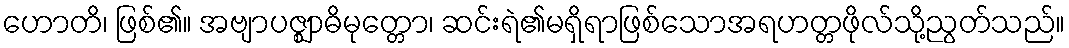
ဟောတိ၊ ဖြစ်၏။ အဗျာပဇ္ဈာဓိမုတ္တော၊ ဆင်းရဲ၏မရှိရာဖြစ်သောအရဟတ္တဖိုလ်သို့ညွတ်သည်။